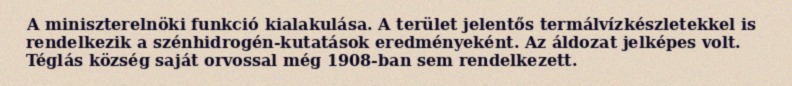
A miniszterelnöki funkció kialakulása. A terület jelentős termálvízkészletekkel is rendelkezik a szénhidrogén-kutatások eredményeként. Az áldozat jelképes volt. Téglás község saját orvossal még 1908-ban sem rendelkezett.